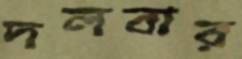
দলবার